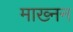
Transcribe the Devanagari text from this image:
माख्नन